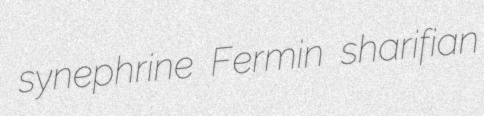
synephrine Fermin sharifian